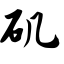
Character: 矶